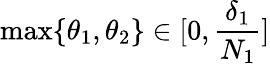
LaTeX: \operatorname*{max}\{ \theta_{1},\theta_{2}\} \in[0,\frac{\delta_{1}}{N_{1}}]